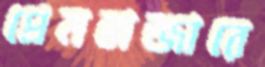
প্রেমবাজারে